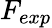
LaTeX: F_{exp}